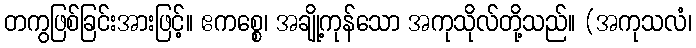
တကွဖြစ်ခြင်းအားဖြင့်။ ဧကစ္စေ၊ အချို့ကုန်သော အကုသိုလ်တို့သည်။ (အကုသလံ၊